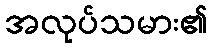
အလုပ်သမား၏